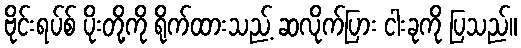
ဗိုင်းရပ်စ် ပိုးတို့ကို ရိုက်ထားသည့် ဆလိုက်ပြား ငါးခုကို ပြသည်။